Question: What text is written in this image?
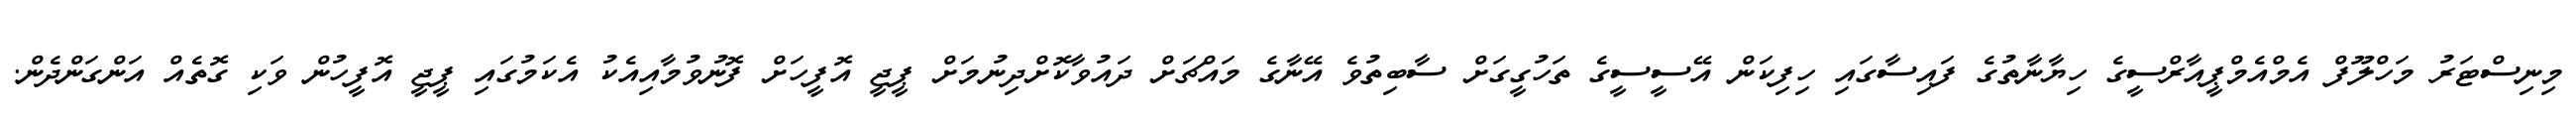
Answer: މިނިސްޓަރު މަހްލޫފް އެމްއެމްޕީއާރްސީގެ ހިޔާނާތުގެ ފައިސާގައި ހިފިކަން އޭސީސީގެ ތަހުގީގަށް ސާބިތުވެ އޭނާގެ މައްޗަށް ދައުވާކޮށްދިނުމަށް ޕީޖީ އޮފީހަށް ފޮނުވުމާއިއެކު އެކަމުގައި ޕީޖީ އޮފީހުން ވަކި ގޮތެއް އަންގަންދެން.